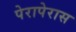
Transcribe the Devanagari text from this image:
पेरापेरास